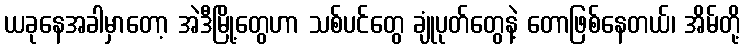
ယခုနေအခါမှာတော့ အဲဒီမြို့တွေဟာ သစ်ပင်တွေ ချုံပုတ်တွေနဲ့ တောဖြစ်နေတယ်၊ အိမ်တို့